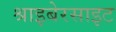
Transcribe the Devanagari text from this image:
श्राइबेरसाइट